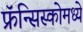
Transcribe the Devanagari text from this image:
फ्रॅन्सिस्कोमध्ये